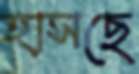
হাসছে